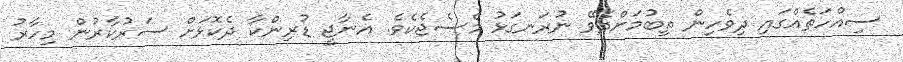
ސިއްހަތެއްގައި ދިވެހިން ތިބުމަށްދެވޭ ނުރަނގަޅު މެސެޖެކެވެ. އެނާޖީ ޑުރިންކާ ދެކޮޅަށް ސަރުކާރުން މިހާރު